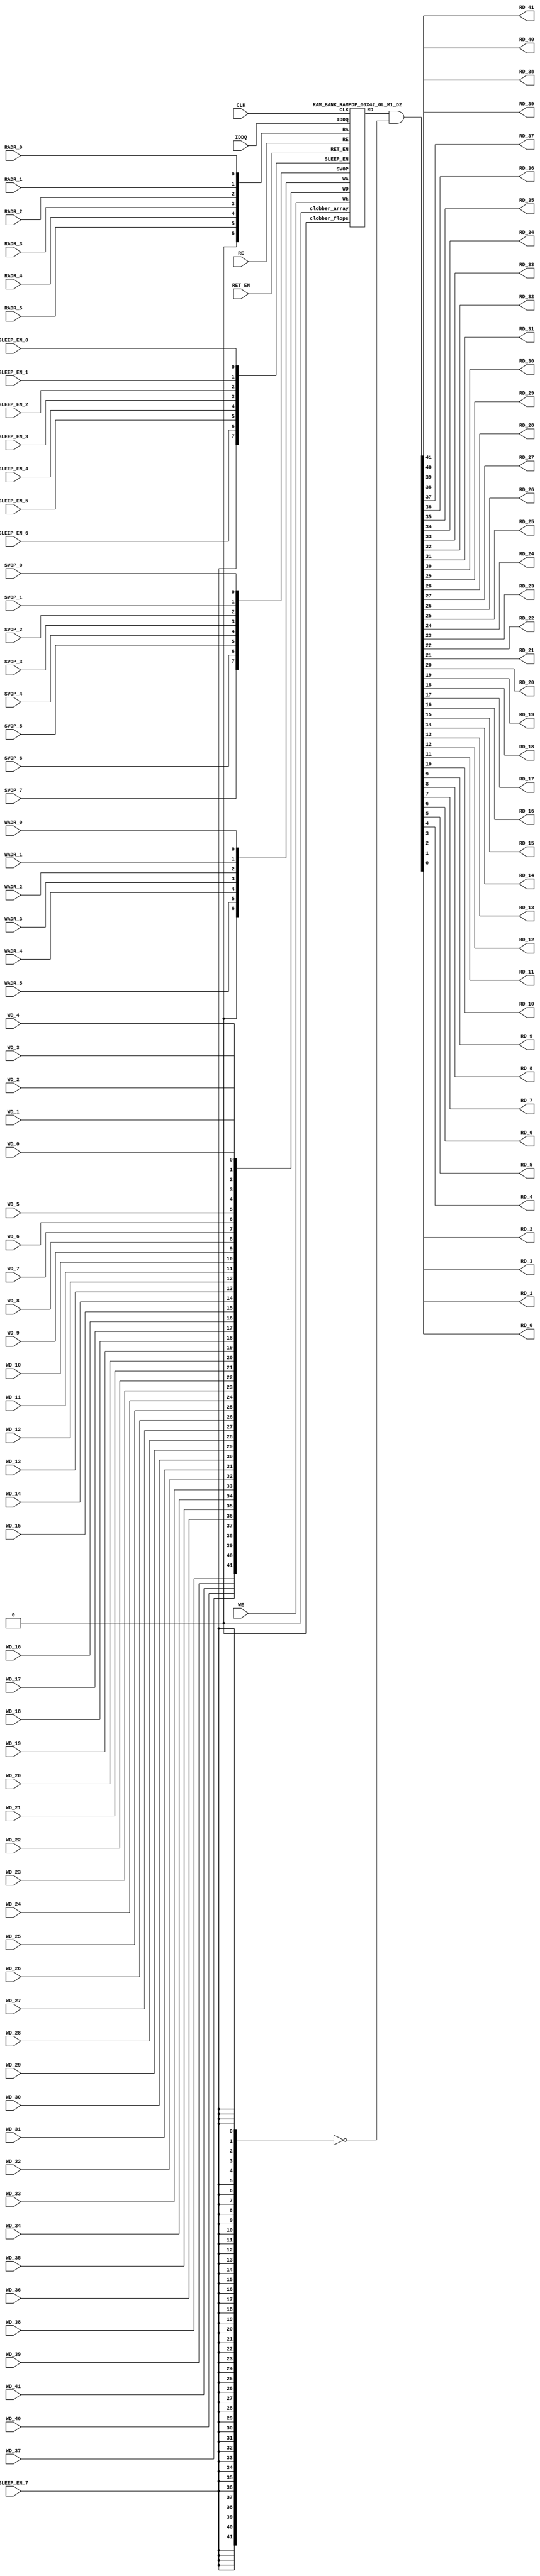

//Technology      : TSMC 16FF-LR
//Compiler version: FINAL.1 - 2017-05-25.18:47:15

`ifdef EMULATION
	`define SYNTHESIS
`endif

`ifndef SYNTHESIS
	`ifdef FAULT_INJECTION
		`define SIM_and_FAULT
	`endif
`endif

`ifndef SYNTHESIS
	`ifdef MONITOR
		`define SIM_and_MONITOR
	`endif
`endif


`ifndef SYNTHESIS 
`timescale 10ps/1ps
`endif 
`celldefine
module RAMPDP_60X42_GL_M1_D2 (  WE,  CLK, IDDQ, SVOP_0, SVOP_1, SVOP_2, SVOP_3, SVOP_4, SVOP_5, SVOP_6, SVOP_7 
,WD_41, WD_40, WD_39, WD_38, WD_37, WD_36, WD_35, WD_34, WD_33, WD_32, WD_31, WD_30, WD_29, WD_28, WD_27, WD_26, WD_25, WD_24, WD_23, WD_22, WD_21, WD_20, WD_19, WD_18, WD_17, WD_16, WD_15, WD_14, WD_13, WD_12, WD_11, WD_10, WD_9, WD_8, WD_7, WD_6, WD_5, WD_4, WD_3, WD_2, WD_1, WD_0,RD_41, RD_40, RD_39, RD_38, RD_37, RD_36, RD_35, RD_34, RD_33, RD_32, RD_31, RD_30, RD_29, RD_28, RD_27, RD_26, RD_25, RD_24, RD_23, RD_22, RD_21, RD_20, RD_19, RD_18, RD_17, RD_16, RD_15, RD_14, RD_13, RD_12, RD_11, RD_10, RD_9, RD_8, RD_7, RD_6, RD_5, RD_4, RD_3, RD_2, RD_1, RD_0, RE
, RADR_5, RADR_4, RADR_3, RADR_2, RADR_1, RADR_0, WADR_5, WADR_4, WADR_3, WADR_2, WADR_1, WADR_0, SLEEP_EN_7, SLEEP_EN_6, SLEEP_EN_5, SLEEP_EN_4, SLEEP_EN_3, SLEEP_EN_2, SLEEP_EN_1, SLEEP_EN_0, RET_EN
);

// nvProps NoBus SLEEP_EN_

`ifndef RAM_INTERFACE
`ifndef SYNTHESIS
// Physical ram size defined as localparam
parameter phy_rows = 60;
parameter phy_cols = 42;
parameter phy_rcols_pos = 42'b000000000000000000000000000000000000000000;

`endif //SYNTHESIS
`endif //RAM_INTERFACE

// Test mode control ports
input IDDQ;
// Clock port
input CLK;
// SVOP ports
input SVOP_0, SVOP_1, SVOP_2, SVOP_3, SVOP_4, SVOP_5, SVOP_6, SVOP_7;
// Write data ports
input WD_41, WD_40, WD_39, WD_38, WD_37, WD_36, WD_35, WD_34, WD_33, WD_32, WD_31, WD_30, WD_29, WD_28, WD_27, WD_26, WD_25, WD_24, WD_23, WD_22, WD_21, WD_20, WD_19, WD_18, WD_17, WD_16, WD_15, WD_14, WD_13, WD_12, WD_11, WD_10, WD_9, WD_8, WD_7, WD_6, WD_5, WD_4, WD_3, WD_2, WD_1, WD_0;
// Read data ports
output RD_41, RD_40, RD_39, RD_38, RD_37, RD_36, RD_35, RD_34, RD_33, RD_32, RD_31, RD_30, RD_29, RD_28, RD_27, RD_26, RD_25, RD_24, RD_23, RD_22, RD_21, RD_20, RD_19, RD_18, RD_17, RD_16, RD_15, RD_14, RD_13, RD_12, RD_11, RD_10, RD_9, RD_8, RD_7, RD_6, RD_5, RD_4, RD_3, RD_2, RD_1, RD_0;
// Read enable ports
input RE;
// Write enable ports
input WE;
// Read address ports
input RADR_5, RADR_4, RADR_3, RADR_2, RADR_1, RADR_0;
// Write address ports
input WADR_5, WADR_4, WADR_3, WADR_2, WADR_1, WADR_0;

// PG Zone enables
input SLEEP_EN_0, SLEEP_EN_1, SLEEP_EN_2, SLEEP_EN_3, SLEEP_EN_4, SLEEP_EN_5, SLEEP_EN_6, SLEEP_EN_7, RET_EN;

`ifndef RAM_INTERFACE
wire VDD = 1'b1;
wire GND  = 1'b0;

// Combine the sleep enable pins into one bus
	wire [7:0] SLEEP_EN = {SLEEP_EN_7, SLEEP_EN_6, SLEEP_EN_5, SLEEP_EN_4, SLEEP_EN_3, SLEEP_EN_2, SLEEP_EN_1, SLEEP_EN_0};

// Signal to clamp the outputs when the VDD is power gated off.
	wire clamp_rd   = SLEEP_EN[7] ;

// State point clobering signals
// X-out state points when their power goes out
    wire clobber_x;
`ifndef SYNTHESIS
`ifdef DISABLE_REPAIR_X
    wire check_x = (RET_EN ^ (^SLEEP_EN[7:0]) ^  SVOP_0 ^ SVOP_1 ^ SVOP_2 ^ SVOP_3 ^ SVOP_4 ^ SVOP_5 ^ SVOP_6 ^ SVOP_7);
`else 
    wire check_x = (RET_EN ^ (^SLEEP_EN[7:0]) ^  SVOP_0 ^ SVOP_1 ^ SVOP_2 ^ SVOP_3 ^ SVOP_4 ^ SVOP_5 ^ SVOP_6 ^ SVOP_7 );
`endif 
    assign clobber_x = ((check_x === 1'bx) || (check_x === 1'bz))?1'b1:1'b0;
 
    wire clobber_array = (~RET_EN & (|SLEEP_EN[3:0]))  | clobber_x;
    wire clobber_flops = (|SLEEP_EN[7:4]) | clobber_x ;
`else //SYNTHESIS
    wire clobber_array = 1'b0;
    wire clobber_flops = 1'b0;
    assign clobber_x = 1'b0;
`endif //SYNTHESIS 

// Output valid signal
// Outputs are unknown in non-retention mode if VDDM is powered up , but VDD is not 
    wire outvalid;
	assign outvalid = ~(clobber_x | (~RET_EN & (|SLEEP_EN[3:0]) & (|(~SLEEP_EN[7:4]))));


//assemble & rename wires
// Extend the MSB's of the read/write addresses to cover all the flop inputs
// The number of address flops is fixed. Also combine all the individual *_* bits into one bus
	wire [6:0] RA = {1'b0, RADR_5, RADR_4, RADR_3, RADR_2, RADR_1, RADR_0};
	wire [6:0] WA = {1'b0, WADR_5, WADR_4, WADR_3, WADR_2, WADR_1, WADR_0};
// Combine all the write data input bits
	wire [41:0] WD = {WD_41, WD_40, WD_39, WD_38, WD_37, WD_36, WD_35, WD_34, WD_33, WD_32, WD_31, WD_30, WD_29, WD_28, WD_27, WD_26, WD_25, WD_24, WD_23, WD_22, WD_21, WD_20, WD_19, WD_18, WD_17, WD_16, WD_15, WD_14, WD_13, WD_12, WD_11, WD_10, WD_9, WD_8, WD_7, WD_6, WD_5, WD_4, WD_3, WD_2, WD_1, WD_0};
	wire [41:0] RD;
// Expand the read data bus into individual output bits
//	assign {RD_41, RD_40, RD_39, RD_38, RD_37, RD_36, RD_35, RD_34, RD_33, RD_32, RD_31, RD_30, RD_29, RD_28, RD_27, RD_26, RD_25, RD_24, RD_23, RD_22, RD_21, RD_20, RD_19, RD_18, RD_17, RD_16, RD_15, RD_14, RD_13, RD_12, RD_11, RD_10, RD_9, RD_8, RD_7, RD_6, RD_5, RD_4, RD_3, RD_2, RD_1, RD_0} = (outvalid) ? RD : 42'bx;
// Do the read data swizzing based on the number of words and bits. 
`ifndef SYNTHESIS
	assign {RD_41, RD_40, RD_39, RD_38, RD_37, RD_36, RD_35, RD_34, RD_33, RD_32, RD_31, RD_30, RD_29, RD_28, RD_27, RD_26, RD_25, RD_24, RD_23, RD_22, RD_21, RD_20, RD_19, RD_18, RD_17, RD_16, RD_15, RD_14, RD_13, RD_12, RD_11, RD_10, RD_9, RD_8, RD_7, RD_6, RD_5, RD_4, RD_3, RD_2, RD_1, RD_0} = (outvalid) ? RD & ~{42{clamp_rd}} : 42'bx;
`else
	assign {RD_41, RD_40, RD_39, RD_38, RD_37, RD_36, RD_35, RD_34, RD_33, RD_32, RD_31, RD_30, RD_29, RD_28, RD_27, RD_26, RD_25, RD_24, RD_23, RD_22, RD_21, RD_20, RD_19, RD_18, RD_17, RD_16, RD_15, RD_14, RD_13, RD_12, RD_11, RD_10, RD_9, RD_8, RD_7, RD_6, RD_5, RD_4, RD_3, RD_2, RD_1, RD_0} =  RD & ~{42{clamp_rd}};
`endif
	wire [7:0] SVOP = {SVOP_7, SVOP_6, SVOP_5, SVOP_4, SVOP_3, SVOP_2, SVOP_1, SVOP_0};


`ifndef EMULATION

// Instantiate memory bank
// This block defines the core functionality of the rams.
	RAM_BANK_RAMPDP_60X42_GL_M1_D2 ITOP ( WE, CLK, IDDQ, SVOP, WD, RD, RE, RA, WA
, SLEEP_EN
,  RET_EN, clobber_array , clobber_flops 
);

`ifndef SYNTHESIS 
// Tasks for initializing the arrays
//VCS coverage off    
always  @(clobber_array) begin : clobber_array_block
    integer i;
    if (clobber_array) begin
	    for (i=0; i<60; i=i+1) begin
		     mem_wr_raw(i, {42{1'bx}});
		end
    end
end


always  @(clobber_flops) begin
  if (clobber_flops) begin
      ITOP.RE_LATB <= 1'bx;
      ITOP.RE_FF <= 1'bx;
      ITOP.WE_LATB <= 1'bx;
      ITOP.WE_FF <= 1'bx;
      ITOP.RADR <= 7'bx;
      ITOP.WADR <= 7'bx;
      ITOP.WAFF <= 7'bx;
      ITOP.WDQ_pr <= 42'bx;
      ITOP.dout <= 42'bx;
  end
end  
//VCS coverage on    

//VCS coverage off    
task mem_wr_raw;
  input [5:0] addr;
  input [41:0] data;
  begin
        ITOP.iow0.mem_wr_raw_subbank(addr[5:0],data);
  end
endtask

// Ramgen function for writing the arrays 
task mem_write;
  input [5:0] addr;
  input [41:0] data;
  begin
    ITOP.mem_write_bank(addr,data);
  end
endtask

// Ramgen function for reading the arrays 
function [41:0] mem_read;
input [5:0] addr;
  begin
        mem_read = ITOP.mem_read_bank(addr);
  end
endfunction


// Random only generates 32 bit value.
// If nbits > 32, call it multiple times
// Old random fill fills all memory locations with same random value


task mem_fill_random;
	reg [41:0] val;
	integer i;
	begin
		for (i=0; i<60; i=i+1) begin
		    val = {$random, $random};
		    mem_wr_raw(i, val);
		end
	end 
endtask

// Fill the memory with a given bit value 
task mem_fill_value;
    input fill_bit;
	reg [41:0] val;
    integer i;
    begin
        val = {42{fill_bit}};
        for (i=0; i<60; i=i+1) begin
		    mem_wr_raw(i, val);
        end
    end
endtask 

// read logical address and feed into salat
task force_rd;
input [5:0] addr;
	reg [41:0] rd;

	`ifdef USE_RAMINIT_LIBS
	reg raminit_active, raminit_argcheck, raminit_debug, raminit_enable, raminit_random, raminit_invert,
	    raminit_val, raminit_waitclock, raminit_use_force;
	real raminit_delay_ns, raminit_waitclock_check_ns;
	initial
	begin
	  raminit_active    = 0; // default is inactive (plusarg to active the ram init functionality)
	  raminit_argcheck  = 0; // default is no plusargs check (apart from raminit_active and raminit_argcheck)
	  raminit_debug     = 0; // default is no debug messages
	  raminit_enable    = 0; // default is no init (variable indicating if the ram init functionality is enabled for this instance)
	  raminit_random    = 0; // default is no random init
	  raminit_invert    = 0; // default is not to invert the init value
	  raminit_val       = 0; // default init value is zero
	  raminit_waitclock = 0; // default is not to wait to clock to be non-X
	  raminit_use_force = 1; // default is to use force/release
	  raminit_delay_ns           = `ifdef NV_TOP_RESET_ON_DELAY  (`NV_TOP_RESET_ON_DELAY+2) `else 3 `endif; // default is 2ns after nv_top_reset_ goes low or ram clock is not X
	  raminit_waitclock_check_ns = `ifdef NV_TOP_RESET_OFF_DELAY (`NV_TOP_RESET_OFF_DELAY)  `else 0 `endif; // default is when nv_top_reset_ goes high
	  $value$plusargs("raminit_active=%d",    raminit_active);
	  $value$plusargs("raminit_argcheck=%d",  raminit_argcheck);
	  if (raminit_argcheck)
	  begin
	    // The following variables are not usually used as plusargs, but instead set through add_inst_array calls or the init_inst_file.
	    $value$plusargs("raminit_debug=%d",              raminit_debug);
	    $value$plusargs("raminit_enable=%d",             raminit_enable);
	    $value$plusargs("raminit_random=%d",             raminit_random);
	    $value$plusargs("raminit_invert=%d",             raminit_invert);
	    $value$plusargs("raminit_val=%d",                raminit_val);
	    $value$plusargs("raminit_waitclock=%d",          raminit_waitclock);
	    $value$plusargs("raminit_delay_ns=%f",           raminit_delay_ns);
	    $value$plusargs("raminit_waitclock_check_ns=%f", raminit_waitclock_check_ns);
	    $value$plusargs("raminit_use_force=%d",          raminit_use_force);
	  end
	  `ifdef INST_CHECK
	  `INST_CHECK(ram_inst_check0,raminit_active,raminit_debug,raminit_enable,raminit_random,raminit_val,raminit_invert,raminit_waitclock,raminit_delay_ns,raminit_waitclock_check_ns);
	  `endif
	  if (!raminit_active)  raminit_enable = 0;
	  else if (raminit_enable)
	  begin
	    if (raminit_random) raminit_val = `ifdef NO_PLI 1'b0 `else $RollPLI(0,1) `endif;
	    if (raminit_invert) raminit_val = ~raminit_val;
	  end
	  if (raminit_debug)
	  begin
	    $display("%m: raminit_active              = %d", raminit_active);
	    $display("%m: raminit_argcheck            = %d", raminit_argcheck);
	    $display("%m: raminit_debug               = %d", raminit_debug);
	    $display("%m: raminit_enable              = %d", raminit_enable);
	    $display("%m: raminit_random              = %d", raminit_random);
	    $display("%m: raminit_invert              = %d", raminit_invert);
	    $display("%m: raminit_val                 = %d", raminit_val);
	    $display("%m: raminit_waitclock           = %d", raminit_waitclock);
	    $display("%m: raminit_delay_ns            = %f ns", raminit_delay_ns);
	    $display("%m: raminit_waitclock_check_ns  = %f ns", raminit_waitclock_check_ns);
	    $display("%m: raminit_use_force           = %d", raminit_use_force);
	  end
	end
	`endif

	`ifdef USE_RAMINIT_LIBS
	// init rd
	task init_rd_regs;
	begin
	  #0; // wait for raminit variables to be set
	  if (raminit_enable)
	  begin : raminit_val_blk
	    reg [42-1:0] raminit_fullval;
	    if (raminit_random)  raminit_fullval = `ifdef NO_PLI {42 {1'b1}} `else { $RollPLI(0,{32{1'b1}}), $RollPLI(0,{10{1'b1}}) } `endif ;
	    else                 raminit_fullval = {42 {raminit_val}};
	    if (raminit_invert)  raminit_fullval = ~raminit_fullval;
	    if (raminit_use_force)  force rd = raminit_fullval;
	    if (raminit_waitclock)  wait ( !== 1'bx);
	    #(raminit_delay_ns*100);
	    `ifdef INST_WAITCLOCK_CHECK
	    `INST_WAITCLOCK_CHECK(waitclock_inst_check0,raminit_waitclock,raminit_waitclock_check_ns,100)
	    `endif
	    if (raminit_use_force)  release rd;
	    rd = raminit_fullval;
	  end
	end
	endtask
	initial begin init_rd_regs();  end
	`ifdef RAMINIT_TRIGGER
	always @(`RAMINIT_TRIGGER)  init_rd_regs();
	`endif
	`endif // `ifdef USE_RAMINIT_LIBS

	begin
        rd = ITOP.iow0.mem_read_raw_subbank(addr);
		ITOP.dout = rd;
	end
endtask

`ifdef MEM_PHYS_INFO
//function for physical array read row, takes physical address
function [41:0] mem_phys_read_padr;
input [5:0] addr;
	reg [41:0] rd_row;

	`ifdef USE_RAMINIT_LIBS
	// init rd_row
	task init_rd_row_regs;
	begin
	  #0; // wait for raminit variables to be set
	  if (raminit_enable)
	  begin : raminit_val_blk
	    reg [42-1:0] raminit_fullval;
	    if (raminit_random)  raminit_fullval = `ifdef NO_PLI {42 {1'b1}} `else { $RollPLI(0,{32{1'b1}}), $RollPLI(0,{10{1'b1}}) } `endif ;
	    else                 raminit_fullval = {42 {raminit_val}};
	    if (raminit_invert)  raminit_fullval = ~raminit_fullval;
	    if (raminit_use_force)  force rd_row = raminit_fullval;
	    if (raminit_waitclock)  wait ( !== 1'bx);
	    #(raminit_delay_ns*100);
	    `ifdef INST_WAITCLOCK_CHECK
	    `INST_WAITCLOCK_CHECK(waitclock_inst_check1,raminit_waitclock,raminit_waitclock_check_ns,100)
	    `endif
	    if (raminit_use_force)  release rd_row;
	    rd_row = raminit_fullval;
	  end
	end
	endtask
	initial begin init_rd_row_regs();  end
	`ifdef RAMINIT_TRIGGER
	always @(`RAMINIT_TRIGGER)  init_rd_row_regs();
	`endif
	`endif // `ifdef USE_RAMINIT_LIBS

	reg [41:0] rd[0:0];
	integer i;
	begin
        rd[0] = ITOP.iow0.mem_read_raw_subbank(addr);
        for (i=0; i<=41; i=i+1) begin
            rd_row[i*1+0] = rd[0][i];
		end
		mem_phys_read_padr = rd_row;
	end
endfunction

//function for physical array read row, takes logical address
function [41:0] mem_phys_read_ladr;
input [5:0] addr;
    reg [5:0] paddr;
	reg [41:0] rd_row;

	`ifdef USE_RAMINIT_LIBS
	// init rd_row
	task init_rd_row_regs;
	begin
	  #0; // wait for raminit variables to be set
	  if (raminit_enable)
	  begin : raminit_val_blk
	    reg [42-1:0] raminit_fullval;
	    if (raminit_random)  raminit_fullval = `ifdef NO_PLI {42 {1'b1}} `else { $RollPLI(0,{32{1'b1}}), $RollPLI(0,{10{1'b1}}) } `endif ;
	    else                 raminit_fullval = {42 {raminit_val}};
	    if (raminit_invert)  raminit_fullval = ~raminit_fullval;
	    if (raminit_use_force)  force rd_row = raminit_fullval;
	    if (raminit_waitclock)  wait ( !== 1'bx);
	    #(raminit_delay_ns*100);
	    `ifdef INST_WAITCLOCK_CHECK
	    `INST_WAITCLOCK_CHECK(waitclock_inst_check2,raminit_waitclock,raminit_waitclock_check_ns,100)
	    `endif
	    if (raminit_use_force)  release rd_row;
	    rd_row = raminit_fullval;
	  end
	end
	endtask
	initial begin init_rd_row_regs();  end
	`ifdef RAMINIT_TRIGGER
	always @(`RAMINIT_TRIGGER)  init_rd_row_regs();
	`endif
	`endif // `ifdef USE_RAMINIT_LIBS

	reg [41:0] rd[0:0];
	integer i;
	begin
        paddr = (addr >> 0);
        rd[0] = ITOP.iow0.mem_read_raw_subbank(paddr);
        for (i=0; i<=41; i=i+1) begin
            rd_row[i*1+0] = rd[0][i];
		end
		mem_phys_read_ladr = rd_row;
	end
endfunction


//function for physical array read row with column masking, takes logical address
function [41:0] mem_phys_read_pmasked;
input [5:0] addr;
   reg [41:0] rd_row;

   `ifdef USE_RAMINIT_LIBS
   // init rd_row
   task init_rd_row_regs;
   begin
     #0; // wait for raminit variables to be set
     if (raminit_enable)
     begin : raminit_val_blk
       reg [42-1:0] raminit_fullval;
       if (raminit_random)  raminit_fullval = `ifdef NO_PLI {42 {1'b1}} `else { $RollPLI(0,{32{1'b1}}), $RollPLI(0,{10{1'b1}}) } `endif ;
       else                 raminit_fullval = {42 {raminit_val}};
       if (raminit_invert)  raminit_fullval = ~raminit_fullval;
       if (raminit_use_force)  force rd_row = raminit_fullval;
       if (raminit_waitclock)  wait ( !== 1'bx);
       #(raminit_delay_ns*100);
       `ifdef INST_WAITCLOCK_CHECK
       `INST_WAITCLOCK_CHECK(waitclock_inst_check3,raminit_waitclock,raminit_waitclock_check_ns,100)
       `endif
       if (raminit_use_force)  release rd_row;
       rd_row = raminit_fullval;
     end
   end
   endtask
   initial begin init_rd_row_regs();  end
   `ifdef RAMINIT_TRIGGER
   always @(`RAMINIT_TRIGGER)  init_rd_row_regs();
   `endif
   `endif // `ifdef USE_RAMINIT_LIBS

   reg [41:0] rd[0 : 0];
   integer i;
   begin
        rd_row = ITOP.iow0.mem_read_raw_subbank(addr);
        mem_phys_read_pmasked = rd_row;
    end
endfunction

//Task for physical array write row, takes physical address
task mem_phys_write;
input [5:0] addr;
input [41:0] data;
	reg [41:0] wr[0:0];
	integer i;
	begin
        for (i=0; i<=41; i=i+1) begin
            wr[0][i] = data[i*1+0];
		end
        ITOP.iow0.mem_wr_raw_subbank(addr,wr[0]);
	end
endtask

// Function to return a physical address given a logical address input.
function [5:0] mem_log_to_phys_adr;
input [5:0] addr;
    begin
        mem_log_to_phys_adr = (addr >> 0) ; 
    end
endfunction 
`endif //MEM_PHYS_INFO

`ifdef MONITOR
// Monitor dump trigger
reg dump_monitor_result;

initial begin : init_monitor
  dump_monitor_result = 1'b0;
end

task monitor_on;
    begin
		ITOP.iow0.monitor_on = 1'b1;
   end
endtask

task monitor_off;
    begin
		ITOP.iow0.monitor_on = 1'b0;
        dump_monitor_result = 1'b1;
    end
endtask

// read bit_written monitor row by physical address from subarray
function [41:0] mon_bit_w;
input [5:0] addr;
	reg [41:0] mon_row;
	reg [41:0] mon_word[0:0];
	integer i;
	begin
		// read all monitor words for a row
		mon_word[0] = ITOP.iow0.bit_written[addr];
		// combine all 1 words to a row
		for (i=0; i<=41; i=i+1) begin
			mon_row[i*1+0] = mon_word[0][i];
		end
		mon_bit_w = mon_row;
	end
endfunction

// read bit_read monitor word by address from subarray
function [41:0] mon_bit_r;
input [5:0] addr;
	reg [41:0] mon_row;
	reg [41:0] mon_word[0:0];
	integer i;
	begin
		// read all monitor words for a row
		mon_word[0] = ITOP.iow0.bit_read[addr];
		// combine all 1 words to a row
		for (i=0; i<=41; i=i+1) begin
			mon_row[i*1+0] = mon_word[0][i];
		end
		mon_bit_r = mon_row;
	end
endfunction

// read word_written monitor row by physical address from subarray
function  mon_word_w;
input [5:0] addr;
	reg mon_word[0:0];
	integer i;
	begin
		// read all monitor words for a row
		mon_word[0] = ITOP.iow0.word_written[addr];
		// combine all 1 words to a row
		mon_word_w = mon_word[0]  ;
	end
endfunction

// read word_read monitor row by physical address from subarray
function  mon_word_r;
input [5:0] addr;
	reg mon_word[0:0];
	integer i;
	begin
		// read all monitor words for a row
		mon_word[0] = ITOP.iow0.word_read[addr];
		// combine all 1 words to a row
		mon_word_r = mon_word[0]  ;
	end
endfunction

always @(dump_monitor_result) begin : dump_monitor
	integer i;
	integer j;
	reg [41:0] tmp_row;
    reg tmp_bit;
	if (dump_monitor_result == 1'b1) begin
	    $display("Exercised coverage summary:");
        $display("\t%m rows unwritten:");
        for(i=0;i<=60;i=i+1) begin
			tmp_bit = mon_word_w(i);
            if (tmp_bit !== 1) $display("\t\trow %d", i);
		end
        $display("\t%m rows unread:");
        for(i=0;i<=60;i=i+1) begin
			tmp_bit = mon_word_r(i);
            if (tmp_bit !== 1) $display("\t\trow %d", i);
		end
		$display("\t%m bits not written as 0:");
		for (i=0; i<60; i=i+1) begin
			tmp_row = mon_bit_w(i);
			for (j=0; j<42; j=j+1) begin
				if (tmp_row[j] !== 1'b0 && tmp_row[j] !== 1'bz) $display("\t\t[row,bit] [%d,%d]", i, j);
			end
		end
		$display("\t%m bits not written as 1:");
		for (i=0; i<60; i=i+1) begin
			tmp_row = mon_bit_w(i);
			for (j=0; j<42; j=j+1) begin
				if (tmp_row[j] !== 1'b1 && tmp_row[j] !== 1'bz) $display("\t\t[row,bit] [%d,%d]", i, j);
			end
		end
		$display("\t%m bits not read as 0:");
		for (i=0; i<60; i=i+1) begin
			tmp_row = mon_bit_r(i);
			for (j=0; j<42; j=j+1) begin
				if (tmp_row[j] !== 1'b0 && tmp_row[j] !== 1'bz) $display("\t\t[row,bit] [%d,%d]", i, j);
			end
		end
		$display("\t%m bits not read as 1:");
		for (i=0; i<60; i=i+1) begin
			tmp_row = mon_bit_r(i);
			for (j=0; j<42; j=j+1) begin
				if (tmp_row[j] !== 1'b1 && tmp_row[j] !== 1'bz) $display("\t\t[row,bit] [%d,%d]", i, j);
			end
		end
		dump_monitor_result = 1'b0;
	end
end

//VCS coverage on    
`endif // MONITOR

`ifdef NV_RAM_EXPAND_ARRAY
wire [41:0] Q_0 = ITOP.iow0.arr[0];
wire [41:0] Q_1 = ITOP.iow0.arr[1];
wire [41:0] Q_2 = ITOP.iow0.arr[2];
wire [41:0] Q_3 = ITOP.iow0.arr[3];
wire [41:0] Q_4 = ITOP.iow0.arr[4];
wire [41:0] Q_5 = ITOP.iow0.arr[5];
wire [41:0] Q_6 = ITOP.iow0.arr[6];
wire [41:0] Q_7 = ITOP.iow0.arr[7];
wire [41:0] Q_8 = ITOP.iow0.arr[8];
wire [41:0] Q_9 = ITOP.iow0.arr[9];
wire [41:0] Q_10 = ITOP.iow0.arr[10];
wire [41:0] Q_11 = ITOP.iow0.arr[11];
wire [41:0] Q_12 = ITOP.iow0.arr[12];
wire [41:0] Q_13 = ITOP.iow0.arr[13];
wire [41:0] Q_14 = ITOP.iow0.arr[14];
wire [41:0] Q_15 = ITOP.iow0.arr[15];
wire [41:0] Q_16 = ITOP.iow0.arr[16];
wire [41:0] Q_17 = ITOP.iow0.arr[17];
wire [41:0] Q_18 = ITOP.iow0.arr[18];
wire [41:0] Q_19 = ITOP.iow0.arr[19];
wire [41:0] Q_20 = ITOP.iow0.arr[20];
wire [41:0] Q_21 = ITOP.iow0.arr[21];
wire [41:0] Q_22 = ITOP.iow0.arr[22];
wire [41:0] Q_23 = ITOP.iow0.arr[23];
wire [41:0] Q_24 = ITOP.iow0.arr[24];
wire [41:0] Q_25 = ITOP.iow0.arr[25];
wire [41:0] Q_26 = ITOP.iow0.arr[26];
wire [41:0] Q_27 = ITOP.iow0.arr[27];
wire [41:0] Q_28 = ITOP.iow0.arr[28];
wire [41:0] Q_29 = ITOP.iow0.arr[29];
wire [41:0] Q_30 = ITOP.iow0.arr[30];
wire [41:0] Q_31 = ITOP.iow0.arr[31];
wire [41:0] Q_32 = ITOP.iow0.arr[32];
wire [41:0] Q_33 = ITOP.iow0.arr[33];
wire [41:0] Q_34 = ITOP.iow0.arr[34];
wire [41:0] Q_35 = ITOP.iow0.arr[35];
wire [41:0] Q_36 = ITOP.iow0.arr[36];
wire [41:0] Q_37 = ITOP.iow0.arr[37];
wire [41:0] Q_38 = ITOP.iow0.arr[38];
wire [41:0] Q_39 = ITOP.iow0.arr[39];
wire [41:0] Q_40 = ITOP.iow0.arr[40];
wire [41:0] Q_41 = ITOP.iow0.arr[41];
wire [41:0] Q_42 = ITOP.iow0.arr[42];
wire [41:0] Q_43 = ITOP.iow0.arr[43];
wire [41:0] Q_44 = ITOP.iow0.arr[44];
wire [41:0] Q_45 = ITOP.iow0.arr[45];
wire [41:0] Q_46 = ITOP.iow0.arr[46];
wire [41:0] Q_47 = ITOP.iow0.arr[47];
wire [41:0] Q_48 = ITOP.iow0.arr[48];
wire [41:0] Q_49 = ITOP.iow0.arr[49];
wire [41:0] Q_50 = ITOP.iow0.arr[50];
wire [41:0] Q_51 = ITOP.iow0.arr[51];
wire [41:0] Q_52 = ITOP.iow0.arr[52];
wire [41:0] Q_53 = ITOP.iow0.arr[53];
wire [41:0] Q_54 = ITOP.iow0.arr[54];
wire [41:0] Q_55 = ITOP.iow0.arr[55];
wire [41:0] Q_56 = ITOP.iow0.arr[56];
wire [41:0] Q_57 = ITOP.iow0.arr[57];
wire [41:0] Q_58 = ITOP.iow0.arr[58];
wire [41:0] Q_59 = ITOP.iow0.arr[59];
`endif //NV_RAM_EXPAND_ARRAY
`endif //SYNTHESIS

`ifdef FAULT_INJECTION
// BIST stuck at tasks
// induce faults on columns
//VCS coverage off    
task mem_fault_no_write;
input [41:0] fault_mask;
    begin
        ITOP.iow0.mem_fault_no_write_subbank(fault_mask);
    end
endtask

task mem_fault_stuck_0;
input [41:0] fault_mask;
    begin
        ITOP.iow0.mem_fault_stuck_0_subbank(fault_mask);
    end
endtask

task mem_fault_stuck_1;
input [41:0] fault_mask;
    begin
        ITOP.iow0.mem_fault_stuck_1_subbank(fault_mask);
    end
endtask

task set_bit_fault_stuck_0;
input r;
input c;
integer r;
integer c;

    ITOP.iow0.set_bit_fault_stuck_0_subbank(r, c);

endtask

task set_bit_fault_stuck_1;
input r;
input c;
integer r;
integer c;
 
    ITOP.iow0.set_bit_fault_stuck_1_subbank(r, c);

endtask

task clear_bit_fault_stuck_0;
input r;
input c;
integer r;
integer c;

    ITOP.iow0.clear_bit_fault_stuck_0_subbank(r, c);

endtask

task clear_bit_fault_stuck_1;
input r;
input c;
integer r;
integer c;

    ITOP.iow0.clear_bit_fault_stuck_1_subbank(r, c);

endtask
//VCS coverage on    

`endif // STUCK
`else // EMULATION=1 
//VCS coverage off    
// The emulation model is a simple model which models only basic functionality and contains no test logic or redundancy.
// The model also uses flops wherever possible. Latches are avoided to help close timing on the emulator.
// The unused pins are left floating in the model.

// Register declarations
// enables 
    reg RE_FF,WE_FF,RE_LAT,WE_LAT;
// Addresses 
    reg [6:0] RAFF,WAFF;
// Data 
    reg [41:0] WD_FF;
    reg [41:0] RD_LAT;
 
// Latch the enables
//spyglass disable_block IntClock,W18 
    always @(*) begin 
        if (!CLK) begin
            RE_LAT <= RE; 
            WE_LAT <= WE; 
        end 
    end
//spyglass enable_block IntClock,W18 
            
// Flop the enables : RE/WE/RE_O
    always @(posedge CLK) begin
        RE_FF <= RE; //spyglass disable IntClock
        WE_FF <= WE; //spyglass disable IntClock
    end 

// Gated clock for the read/write operations 
    wire RECLK = CLK & RE_LAT; //spyglass disable GatedClock
    wire WECLK = CLK & WE_LAT; //spyglass disable GatedClock

// Flop the addresses/write data//mask 
    always @(posedge RECLK) 
        RAFF <= RA; //spyglass disable IntClock
    always @(posedge WECLK) begin 
        WAFF <= WA; //spyglass disable IntClock
        WD_FF <= WD; //spyglass disable IntClock
    end 



// Memory 
    reg [41:0] mem[59:0]; 

// write into the memory on negative edge of clock
   wire WRCLK = ~CLK & WE_FF ; //spyglass disable GatedClock
 
    always @(posedge WRCLK)
        mem[WAFF] <= WD_FF; //spyglass disable SYNTH_5130

// Read 
    wire [41:0] dout;
    assign dout = mem[RAFF]; //spyglass disable SYNTH_5130
    reg [41:0] dout_LAT;
    always @(RECLK or dout) 
        if (RECLK) 
            dout_LAT <= dout; //spyglass disable W18
    assign RD = dout_LAT;

`endif // EMULATION
//VCS coverage on    
`endif  // end RAM_INTERFACE
endmodule
`endcelldefine

`ifndef RAM_INTERFACE
`ifndef EMULATION

//memory bank block
module RAM_BANK_RAMPDP_60X42_GL_M1_D2 ( WE, CLK, IDDQ, SVOP, WD, RD, RE, RA, WA
, SLEEP_EN
, RET_EN , clobber_array , clobber_flops 
);

// Input/output port definitions
input  WE, CLK, IDDQ , RE;
input [7:0] SVOP;
input [41:0] WD;
input [6:0] RA, WA;
output [41:0] RD;
input [7:0] SLEEP_EN;

input RET_EN , clobber_array , clobber_flops ; 

// When there is no bypass requested, tie the internal bypass select to 0.
    wire RDBYP = 1'b0;
//Definitions of latches and flops in the design
// *_LAT --> Latched value
// *_LATB --> inverted latch value
// *_FF   --> Flopped version
	reg RE_LATB, RE_FF, WE_LATB, WE_FF;
	reg [6:0] RADR, WADR, WAFF;

    // For non-pipelined rams , capture_dis is disabled
    wire CAPT_DIS = 1'b0;

// Clamp the array access when IDDQ=1
	wire CLAMPB = ~IDDQ;
	wire latffclk = CLK;

// Latch and flop the primary control enables. This is on the unconditional clock.
// spyglass disable_block W18
	always @(*) begin
    // Latch part 
		if(!latffclk & !clobber_flops) begin
            RE_LATB     <= ~RE ;
            // Write Enable 
			WE_LATB     <= ~WE; // spyglass disable IntClock
		end // end if
	end // end always

	always @(*) begin
    // Flop part
		if (latffclk & !clobber_flops) begin
        // Flop outputs of the latches above
            WE_FF      <= ~WE_LATB;
			RE_FF      <= ~RE_LATB;
        end // end if
    end // end always
// spyglass enable_block W18
    
// Conditional clock generation.

// Write enable	and clock
// Clocks are generated when the write enable OR SE == 1 , but SHOLD == 0
    wire we_se   = ~WE_LATB;
	wire WRDCLK  = we_se & latffclk & !clobber_flops; // spyglass disable GatedClock
	wire WADRCLK = WRDCLK;

// Read enable and clock
// There is no SHOLD dependence on the read clocks because these are implemented using loopback flops
// Clocks are generated when the Read enable OR SE == 1
    wire re_se   = ~RE_LATB;
	wire RADRCLK =  re_se & latffclk ;

//  *** The model reads in A , writes in B ***
// Read clock to the memory is off the rising edge of clock
// CLk ==1 , when RE=1 or (SE=1 and SCRE=1) && (ACC_DIS == 1)
// SE=1 and SCRE=1 is needed to force known values into the latches for launch in testmodes.
	wire RECLK   = (~RE_LATB) & CLAMPB & !clobber_flops & !RET_EN & CLK;
// Writes are shifted to the low phase of the clock
// Flopped version of the enables are used to prevent glitches in the clock
// SCWI ==1 prevents writes into the memory
    wire WECLK   = WE_FF &  CLAMPB & !clobber_flops & !RET_EN & ~CLK;
	wire RWSEL   = WE_FF &  CLAMPB & ~CLK;



// Latch read addresses
// spyglass disable_block W18
	always @(*) begin
		if(!RADRCLK & !clobber_flops) begin
			RADR <= RA;
		end // end if
	end // end always


// Flop write address
	always @(posedge WADRCLK) begin
		WAFF <= WA ;
	end
// spyglass enable_block W18


// Force the MSB's to 0 in the SCRE mode. This makes sure that we will always read in from valid addresses for resetting the output latches.
	wire [6:0] RADRSWI = RADR[6:0];
// Select the read address when CLK=1 and write addresses when CLK=0
	wire [6:0] ADR = {7{RWSEL}} & WAFF | ~{7{RWSEL}} & RADRSWI;

	wire [7:0] fusePDEC2;
	wire [7:0] fusePDEC1;
	wire [7:0] fusePDEC0;
    wire fuseien;
// Non repairable rams
    assign fusePDEC2 = {8{1'b0}};
    assign fusePDEC1 = {8{1'b0}};
    assign fusePDEC0 = {8{1'b0}};
    assign fuseien = 0;

//io part
	wire [41:0] WDQ;
	wire [41:0] WDBQ;
	wire [41:0] WMNexp;
	wire [41:0] WMNQ;

// Expand the fuse predec to 512 bits . It follows the 8x8x8 repeat pattern
// We will use only the ones needed for this particular ram configuration and ignore the rest
	wire [511:0] PDEC2 = {{64{fusePDEC2[7]}}, {64{fusePDEC2[6]}}, {64{fusePDEC2[5]}}, {64{fusePDEC2[4]}}, {64{fusePDEC2[3]}}, {64{fusePDEC2[2]}}, {64{fusePDEC2[1]}}, {64{fusePDEC2[0]}}};
	wire [511:0] PDEC1 = {8{{8{fusePDEC1[7]}}, {8{fusePDEC1[6]}}, {8{fusePDEC1[5]}}, {8{fusePDEC1[4]}}, {8{fusePDEC1[3]}}, {8{fusePDEC1[2]}}, {8{fusePDEC1[1]}}, {8{fusePDEC1[0]}}}};
	wire [511:0] PDEC0 = {64{fusePDEC0[7:0]}};
	wire [41:0] BADBIT, SHFT;

// SHIFT<*> == 1 --> No repair at that bit , 0 --> repair at that bit .
// SHIFT<X> == not(and Pdec*<X>) & SHIFT<X-1>
    assign BADBIT = {42{1'b0}};
    assign SHFT   = {42{1'b1}};

    reg [41:0] WDQ_pr;
    wire [41:0] WDBQ_pr;

    assign WMNexp = {42{1'b1}};

    always @(posedge WRDCLK) begin
// Flop write data
		WDQ_pr[41:0]    <= WD & WMNexp;
	end

    assign WDBQ_pr = ~WDQ_pr;

    assign WMNQ = (WDQ | WDBQ);
	assign WDQ  = WDQ_pr;
	assign WDBQ = WDBQ_pr;

    reg [41:0] dout;
	wire [41:0] RD;
	wire RD_rdnt0,RD_rdnt1;

	wire [41:0] sel_normal, sel_redun;

// Read bypass is not used for non custom ram
	wire [41:0] RDBYPASS = {42{1'b0}};


// Read bypass will override redunancy mux .
	assign sel_redun  = ~SHFT & ~RDBYPASS;
	assign sel_normal =  SHFT & ~RDBYPASS;

// Non pipelined Read out. This is a 2 to 1 mux with bypass taking priority
	assign RD = sel_normal & dout | RDBYPASS & WDQ_pr;


// FOR SIMULATION ONLY. REMOVE WHEN ASSERTIONS ARE AVAILABLE!
// The following section figures out the unused address space and forces a X out on the reads/prevents writes
// #unusedbits 1 #lowcmidx 0 #cmstep 1 #cm 1 #maxaddr 64
    wire legal, tiedvalid, empadd;
// Tied off address bits
// This should always be 1 if the tie-off logic at the top-level is correct. 
    assign tiedvalid = ~(|ADR[6:6]);

// Max address is 60 --> ['1', '1', '1', '0', '1', '1']
// If the address falls within the space covered by valid address bits , but is > NE , then assign 1 to empadd to indicate it is an invalid address
    assign empadd = ADR[5] & ADR[4] & ADR[3] & ADR[2];
// It is a legal input address if it does not fall in the empty space.
    assign legal = tiedvalid & ~empadd ;
    
    wire [41:0] force_x;
`ifndef SYNTHESIS
    assign force_x = {42{1'bx}};
`else 
    assign force_x = {42{1'b0}};
`endif 

// Generate the read and write clocks for the various CM banks
    wire RdClk0;
    wire WrClk0;
    
    assign RdClk0 = RECLK;
    
    assign WrClk0 = WECLK & legal;
    
    wire [41:0] rmuxd0;
    wire [41:0] dout0;
    
// Mux the way reads onto the final read busa
// Output X's if the address is invalid    
	//assign rmuxd0 = legal ? {42{RdClk0}} & ~dout0 : force_x;
	assign rmuxd0 = {42{RdClk0}} & ~dout0 ;
    always @(RECLK or rmuxd0)
    begin
        if (RECLK)
	    begin
            dout[41:0] <= (rmuxd0[41:0]); // spyglass disable W18 
        end
    end

// Instantiate the memory banks. One for each CM .
    RAMPDP_60X42_GL_M1_D2_ram # (60, 42, 7) iow0 (
		WAFF[6:0],
		WrClk0,
        WMNQ,
		WDQ,
		RADRSWI[6:0],
		dout0
	);

 
`ifndef SYNTHESIS 
// Tasks for initializing the arrays
// Ramgen function for writing the arrays 
//VCS coverage off    
task mem_write_bank;
  input [5:0] addr;
  input [41:0] data;
  reg   [41:0] wdat;
  begin
    wdat = data;
    iow0.mem_wr_raw_subbank(addr[5:0],wdat);
  end
endtask

// Ramgen function for reading the arrays 
function [41:0] mem_read_bank;
input [5:0] addr;
reg [41:0] memout;
  begin
    memout = iow0.mem_read_raw_subbank(addr);
    mem_read_bank = memout;
  end
endfunction
//VCS coverage on    

`endif  //SYNTHESIS

endmodule
`endif // end EMULATION
`endif // end RAM_INTERFACE 

`ifndef RAM_INTERFACE
`ifndef EMULATION
module RAMPDP_60X42_GL_M1_D2_ram (
   wadr,
   wrclk,
   wrmaskn,
   wrdata,
   radr,
   rout_B
);

// default parameters
parameter  words =  60;
parameter  bits  =  42;
parameter  addrs =  7;

// Write address
input  [addrs-1:0] wadr;
// Write clock
input  wrclk;
// Write data
input  [bits-1:0] wrdata;
// Write Mask
input  [bits-1:0] wrmaskn;

// Read address
input  [addrs-1:0] radr;
// Read out
wire   [bits-1:0]  rdarr;
output [bits-1:0] rout_B;


// Memory . words X bits
reg    [bits-1:0]  arr[0:words-1];

`ifdef SIM_and_FAULT
// regs for inducing faults
reg [bits-1:0] fault_no_write; // block writes to this column
reg [bits-1:0] fault_stuck_0;  // column always reads as 0
reg [bits-1:0] fault_stuck_1;  // column always reads as 1
reg [bits-1:0] bit_fault_stuck_0[0:words-1];  // column always reads as 0
reg [bits-1:0] bit_fault_stuck_1[0:words-1];  // column always reads as 1

initial begin : init_bit_fault_stuck
    integer i;
    integer j;
    fault_no_write = {bits{1'b0}};
    fault_stuck_0  = {bits{1'b0}};
    fault_stuck_1  = {bits{1'b0}};
    for ( i =0; i <=words; i=i+1) begin
        bit_fault_stuck_0[i] = {bits{1'b0}};
        bit_fault_stuck_1[i] = {bits{1'b0}};
    end
end
`endif // FAULT

`ifdef SIM_and_MONITOR
//VCS coverage off    
// monitor variables
reg monitor_on;
reg [words-1:0] word_written;
reg [words-1:0] word_read;
reg [bits-1:0] bit_written[0:words-1];
reg [bits-1:0] bit_read[0:words-1];

initial begin : init_monitor
  integer i;
  monitor_on = 1'b0; 
  for(i=0;i<= words-1;i=i+1) begin
      word_written[i] = 1'b0;
      word_read[i] = 1'b0;
      bit_written[i] = {bits{1'bx}};
      bit_read[i] = {bits{1'bx}};
  end
end  
`endif // MONITOR
//VCS coverage on    

// Bit write enable
// Write only when mask=1. Else hold the data.
`ifdef SIM_and_FAULT
// Include fault registers
wire [bits-1:0] bwe = wrmaskn & ~fault_no_write;
`else //SIM_and_FAULT
wire [bits-1:0] bwe = wrmaskn ;
`endif //SIM_and_FAULT
wire [bits-1:0] bitclk = {bits{wrclk}} & bwe ;

integer i;
`ifdef SIM_and_FAULT
always @(bitclk or wadr or wrdata)
`else 
always @(wrclk or wadr or wrdata)
`endif 
begin
`ifdef SIM_and_FAULT
    for (i=0 ; i<bits ; i=i+1) 
    begin
        if (bitclk[i])
            arr[wadr][i] <= wrdata[i]; // spyglass disable SYNTH_5130,W18
    end
`else 
    if (wrclk) 
        arr[wadr] <= wrdata; // spyglass disable SYNTH_5130,W18
`endif
`ifdef SIM_and_MONITOR
//VCS coverage off    
    for (i=0 ; i<bits ; i=i+1) 
    begin
`ifdef SIM_and_FAULT
        if (bitclk[i]) 
`else 
        if (wrclk)
`endif // FAULT
        begin
            // Check which bits are being written. Also track the values as per table below.
            // 1'bx = not accessed
            // 1'b0 = accessed as a 0
            // 1'b1 = accessed as a 1
            // 1'bz = accessed as both 0 and 1 
            if (monitor_on) begin 
				case (bit_written[wadr][i]) // spyglass disable SYNTH_5130,W18
					1'bx: bit_written[wadr][i] = wrdata[i];
					1'b0: bit_written[wadr][i] = wrdata[i] == 1 ? 1'bz : 1'b0;
					1'b1: bit_written[wadr][i] = wrdata[i] == 0 ? 1'bz : 1'b1;
					1'bz: bit_written[wadr][i] = 1'bz;
				endcase
            end
        end // if
    end //for
    if (monitor_on) begin 
    // Word is considered written if any of the bits are written
`ifdef SIM_and_FAULT
        word_written[wadr] <= |(bitclk) | word_written[wadr]; // spyglass disable SYNTH_5130,W18
`else 
        word_written[wadr] <= wrclk | word_written[wadr]; // spyglass disable SYNTH_5130,W18
`endif // FAULT
    end
`endif // MONITOR
//VCS coverage on    
end

`ifdef SIM_and_FAULT
// Include fault registers
wire [bits-1:0] bre = ~(bit_fault_stuck_1[radr] | bit_fault_stuck_0[radr]); // spyglass disable SYNTH_5130
`else //SIM_and_FAULT
wire [bits-1:0] bre = {bits{1'b1}};
`endif //SIM_and_FAULT

// Read the unlatched data out.
`ifdef SIM_and_FAULT
assign rdarr = (~arr[radr] | bit_fault_stuck_0[radr]) & ~bit_fault_stuck_1[radr]; // spyglass disable SYNTH_5130
`else 
assign rdarr = ~arr[radr]; // spyglass disable SYNTH_5130
`endif 

`ifdef SIM_and_MONITOR
//VCS coverage off    
always @radr begin
    // Check if a bit in the word can be read.
    // 1'bx = not accessed
    // 1'b0 = accessed as a 0
    // 1'b1 = accessed as a 1
    // 1'bz = accessed as both 0 and 1 
    if (monitor_on) begin
        for (i=0; i<bits; i=i+1) begin
	        if (bre[i]) begin
	            case (bit_read[radr][i])
				    1'bx: bit_read[radr][i] = rdarr[i];
					1'b0: bit_read[radr][i] = rdarr[i] == 1 ? 1'bz : 1'b0;
					1'b1: bit_read[radr][i] = rdarr[i] == 0 ? 1'bz : 1'b1;
					1'bz: bit_read[radr][i] = 1'bz;
		        endcase
	        end
	    end
    end 
    // Word is marked read only if any of the bits are read.
    word_read[radr] = |(bre);
end
//VCS coverage on    
`endif // MONITOR

`ifndef SYNTHESIS 
assign #0.1 rout_B = rdarr;
`else 
assign  rout_B = rdarr;
`endif

`ifndef SYNTHESIS
// Task for initializing the arrays

//VCS coverage off    
task mem_wr_raw_subbank;
  input [addrs-1:0] addr;
  input [41:0] data;
  begin
    arr[addr] = data;
  end
endtask

// function for array read
function [41:0] mem_read_raw_subbank;
input [addrs-1:0] addr;
	mem_read_raw_subbank = arr[addr];
endfunction

`ifdef FAULT_INJECTION
// BIST Tasks for inducing faults
// induce faults on columns
task mem_fault_no_write_subbank;
  input [bits-1:0] fault_mask;
   begin
    fault_no_write = fault_mask;
  end
endtask

// Stuck at 0 for entire memory
task mem_fault_stuck_0_subbank;
  input [bits-1:0] fault_mask;
  integer i;
   begin
    for ( i=0; i<words; i=i+1 ) begin
      bit_fault_stuck_0[i] = fault_mask;
    end
  end
endtask

// Stuck at 1 for entire memory
task mem_fault_stuck_1_subbank;
  input [bits-1:0] fault_mask;
  integer i;
   begin
    for ( i=0; i<words; i=i+1 ) begin
      bit_fault_stuck_1[i] = fault_mask;
    end
  end
endtask

// Stuck at 0 for specific bit
task set_bit_fault_stuck_0_subbank;
  input r;
  input c;
  integer r;
  integer c;
  bit_fault_stuck_0[r][c] = 1;
endtask

// Stuck at 1 for specific bit
task set_bit_fault_stuck_1_subbank;
  input r;
  input c;
  integer r;
  integer c;
  bit_fault_stuck_1[r][c] = 1;
endtask

// Clear stuck 0 at bit
task clear_bit_fault_stuck_0_subbank;
  input r;
  input c;
  integer r;
  integer c;
  bit_fault_stuck_0[r][c] = 0;
endtask

// Clear stuck 1 at bit
task clear_bit_fault_stuck_1_subbank;
  input r;
  input c;
  integer r;
  integer c;
  bit_fault_stuck_1[r][c] = 0;
endtask
//VCS coverage on    
`endif //STUCK
`endif //SYNTHESIS

endmodule
`endif // end EMULATION
`endif // end RAM_INTERFACE